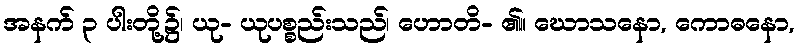
အနက် ၃ ပါးတို့၌၊ ယု- ယုပစ္စည်းသည်၊ ဟောတိ- ၏။ ဃောသနော, ကောဓနော,